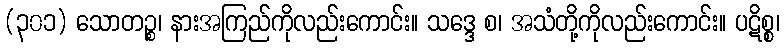
(၃၀၁) သောတဉ္စ၊ နားအကြည်ကိုလည်းကောင်း။ သဒ္ဒေ စ၊ အသံတို့ကိုလည်းကောင်း။ ပဋိစ္စ၊